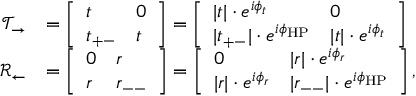
\begin{array} { r l } { \mathcal { T } _ { \rightarrow } } & { = \left[ \begin{array} { l l } { t } & { 0 } \\ { t _ { + - } } & { t } \end{array} \right] = \left[ \begin{array} { l l } { | t | \cdot e ^ { i \phi _ { t } } } & { 0 } \\ { | t _ { + - } | \cdot e ^ { i \phi _ { \mathrm { H P } } } } & { | t | \cdot e ^ { i \phi _ { t } } } \end{array} \right] } \\ { \mathcal { R } _ { \leftarrow } } & { = \left[ \begin{array} { l l } { 0 } & { r } \\ { r } & { r _ { -- } } \end{array} \right] = \left[ \begin{array} { l l } { 0 } & { | r | \cdot e ^ { i \phi _ { r } } } \\ { | r | \cdot e ^ { i \phi _ { r } } } & { | r _ { -- } | \cdot e ^ { i \phi _ { \mathrm { H P } } } } \end{array} \right] , } \end{array}